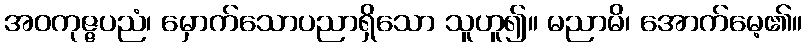
အဝကုဇ္ဇပညံ၊ မှောက်သောပညာရှိသော သူဟူ၍။ မညာမိ၊ အောက်မေ့၏။